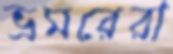
ভ্রমরেরা